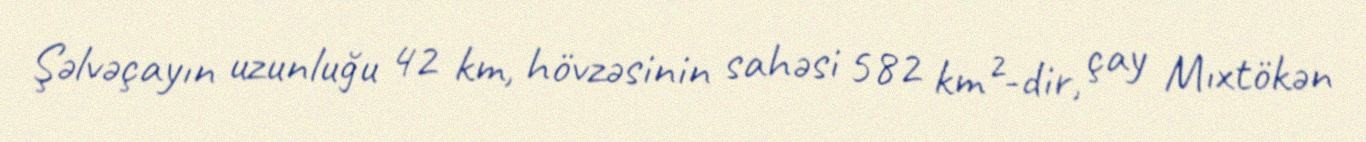
Şəlvəçayın uzunluğu 42 km, hövzəsinin sahəsi 582 km²-dir, çay Mıxtökən